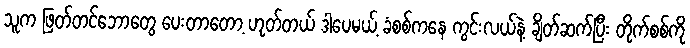
သူက ဖြတ်တင်ဘောတွေ ပေးတာတော့ ဟုတ်တယ် ဒါပေမယ့် ခံစစ်ကနေ ကွင်းလယ်နဲ့ ချိတ်ဆက်ပြီး တိုက်စစ်ကို